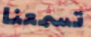
تسمعنا